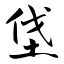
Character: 垡